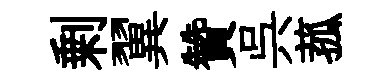
剰翼贊呉菰